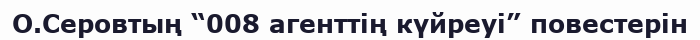
О.Серовтың “008 агенттің күйреуі” повестерін